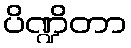
ပိဏ္ဍိတာ